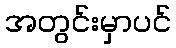
အတွင်းမှာပင်